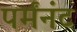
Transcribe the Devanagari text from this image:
पर्मंनंट